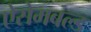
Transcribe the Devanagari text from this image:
ऐसेमबल्ड